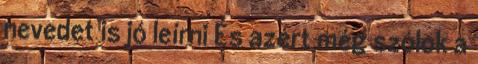
nevedet is jó leírni És azért még szólok a